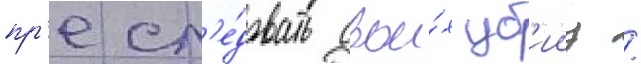
пр'есл'е́довать свои́х уб'ииц /